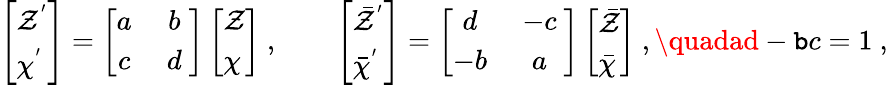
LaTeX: \left[\begin{array}{l}{{{\cal Z}^{'}}}\\ {{{\cal\chi}^{'}}}\end{array}\right]=\left[\begin{array}{cc}{{a\ }}&{{b\ }}\\ {{c\ }}&{{d\ }}\end{array}\right]\left[\begin{array}{l}{{{\cal Z}}}\\ {{{\cal\chi}}}\end{array}\right]\ ,\qquad\left[\begin{array}{l}{{{\bar{\cal Z}}^{'}}}\\ {{{\bar{\cal\chi}}^{'}}}\end{array}\right]=\left[\begin{array}{cc}{{d\ }}&{{-c\ }}\\ {{-b\ }}&{{a\ }}\end{array}\right]\left[\begin{array}{l}{{{\bar{\cal Z}}}}\\ {{{\bar{\cal\chi}}}}\end{array}\right]\ ,\quadad-\mathtt{b}c=1\ ,